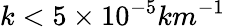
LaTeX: k<5\times 10^{-5}km^{-1}